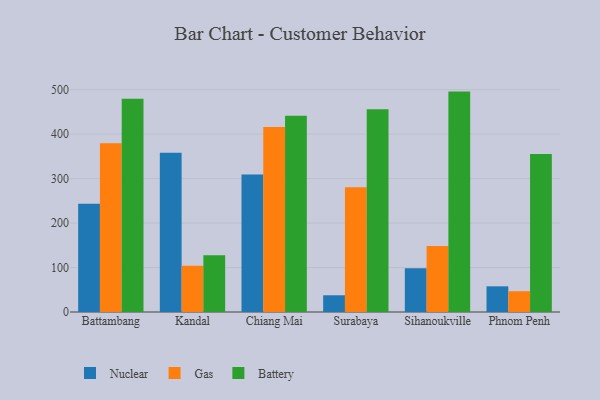
{"axis": {"x": "City", "y": "Market Share (%)"}, "legend": ["Battery", "Gas", "Nuclear"], "data": [{"x": "Battambang", "y": 243.4, "type": "Nuclear"}, {"x": "Battambang", "y": 379.3, "type": "Gas"}, {"x": "Battambang", "y": 479.6, "type": "Battery"}, {"x": "Kandal", "y": 358.0, "type": "Nuclear"}, {"x": "Kandal", "y": 104.1, "type": "Gas"}, {"x": "Kandal", "y": 127.7, "type": "Battery"}, {"x": "Chiang Mai", "y": 309.3, "type": "Nuclear"}, {"x": "Chiang Mai", "y": 415.8, "type": "Gas"}, {"x": "Chiang Mai", "y": 441.1, "type": "Battery"}, {"x": "Surabaya", "y": 37.6, "type": "Nuclear"}, {"x": "Surabaya", "y": 280.2, "type": "Gas"}, {"x": "Surabaya", "y": 455.9, "type": "Battery"}, {"x": "Sihanoukville", "y": 98.6, "type": "Nuclear"}, {"x": "Sihanoukville", "y": 148.2, "type": "Gas"}, {"x": "Sihanoukville", "y": 495.5, "type": "Battery"}, {"x": "Phnom Penh", "y": 57.7, "type": "Nuclear"}, {"x": "Phnom Penh", "y": 46.7, "type": "Gas"}, {"x": "Phnom Penh", "y": 355.4, "type": "Battery"}]}